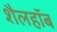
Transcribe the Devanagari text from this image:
शैलहाॅब